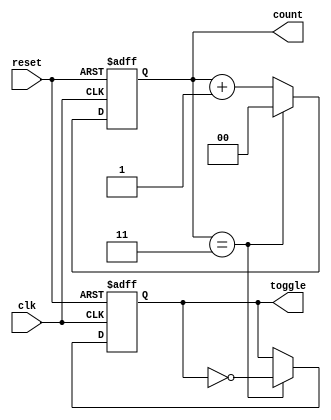
module divide_by_n_counter #(
    parameter N = 4  // Set the divide factor (N), should be a power of 2 for ease of implementation
)(
    input wire clk,             // Clock input
    input wire reset,           // Synchronous reset input
    output reg [log2(N)-1:0] count, // Counter output
    output reg toggle           // Toggle output
);

    // Function to calculate log2 of an integer
    function integer log2;
        input integer value;
        begin
            log2 = 0;
            while (2**log2 < value) 
                log2 = log2 + 1;
        end
    endfunction

    // Counter logic
    always @(posedge clk or posedge reset) begin
        if (reset) begin
            count <= 0;        // Reset the count to 0
            toggle <= 0;       // Reset toggle output
        end else begin
            if (count == N-1) begin
                count <= 0;    // Reset count when reaching N
                toggle <= ~toggle; // Toggle the output
            end else begin
                count <= count + 1; // Increment counter
            end
        end
    end

endmodule